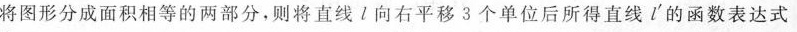
将图形分成面积相等的两部分，则将直线l向右平移3个单位后所得直线l'的函数表达式